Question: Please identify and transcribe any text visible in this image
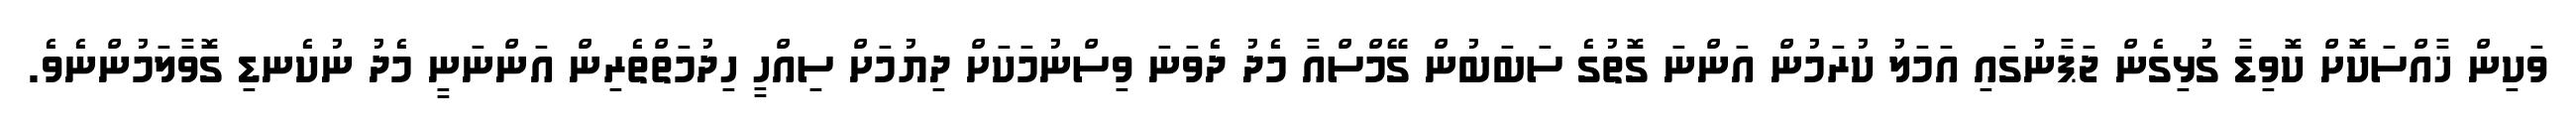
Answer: ވަކިން ޚާއްސަކޮށް ކޮވިޑާ ގުޅިގެން ޖަޕާނުގައި އަމަލު ކުރަމުން އަންނަ ގޮތުގެ ސަބަބުން ގޭމްސްއާ މެދު ދެވަނަ ވިސްނުމަކަށް ދިޔުމަށް ސިއްހީ ހިދުމަތްތެރިން އަންނަނީ މެދު ނުކެނޑި ގޮވާލަމުންނެވެ.